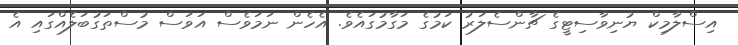
އިސްލާމިކް ޔުނިވާސިޓީގެ ޗާންސެލަރު ކަމުގެ މަގާމުގައެވެ. އެހެން ނަމަވެސް އަވަސް މުސްތަގުބަލެއްގައި އެ